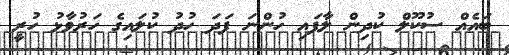
ބައެއް ސުކޫލް ކުދިން ލާފައި ހުންނަ ފަދަ ހުދު ކުލައިގެ ހަރުވާޅު ހުރީ